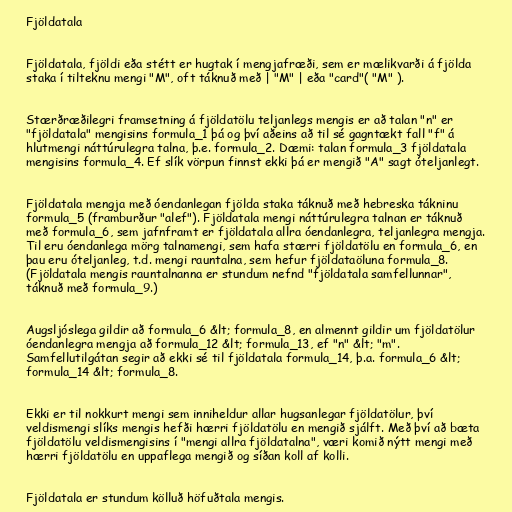
Fjöldatala

Fjöldatala, fjöldi eða stétt er hugtak í mengjafræði, sem er mælikvarði á fjölda
staka í tilteknu mengi "M", oft táknuð með | "M" | eða "card"( "M" ).

Stærðræðilegri framsetning á fjöldatölu teljanlegs mengis er að talan "n" er
"fjöldatala" mengisins formula_1 þá og því aðeins að til sé gagntækt fall "f" á
hlutmengi náttúrulegra talna, þ.e. formula_2. Dæmi: talan formula_3 fjöldatala
mengisins formula_4. Ef slík vörpun finnst ekki þá er mengið "A" sagt óteljanlegt.

Fjöldatala mengja með óendanlegan fjölda staka táknuð með hebreska tákninu
formula_5 (framburður "alef"). Fjöldatala mengi náttúrulegra talnan er táknuð
með formula_6, sem jafnframt er fjöldatala allra óendanlegra, teljanlegra mengja.
Til eru óendanlega mörg talnamengi, sem hafa stærri fjöldatölu en formula_6, en
þau eru óteljanleg, t.d. mengi rauntalna, sem hefur fjöldataöluna formula_8.
(Fjöldatala mengis rauntalnanna er stundum nefnd "fjöldatala samfellunnar",
táknuð með formula_9.)

Augsljóslega gildir að formula_6 &lt; formula_8, en almennt gildir um fjöldatölur
óendanlegra mengja að formula_12 &lt; formula_13, ef "n" &lt; "m".
Samfellutilgátan segir að ekki sé til fjöldatala formula_14, þ.a. formula_6 &lt;
formula_14 &lt; formula_8.

Ekki er til nokkurt mengi sem inniheldur allar hugsanlegar fjöldatölur, því
veldismengi slíks mengis hefði hærri fjöldatölu en mengið sjálft. Með því að bæta
fjöldatölu veldismengisins í "mengi allra fjöldatalna", væri komið nýtt mengi með
hærri fjöldatölu en uppaflega mengið og síðan koll af kolli.

Fjöldatala er stundum kölluð höfuðtala mengis.